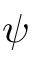
\psi